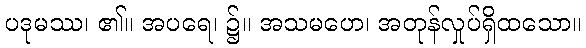
ပဒုမဿ၊ ၏။ အပရေ၊ ၌။ အသမဟေ၊ အတုန်လှုပ်ရှိထသော။